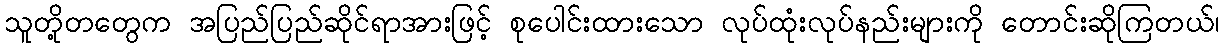
သူတို့တတွေက အပြည်ပြည်ဆိုင်ရာအားဖြင့် စုပေါင်းထားသော လုပ်ထုံးလုပ်နည်းများကို တောင်းဆိုကြတယ်၊